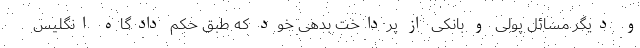
و دیگر مسائل پولی و بانکی از پرداخت بدهی خود که طبق حکم دادگاه انگلیس